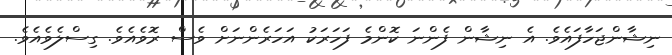
ނިޝާންޖަހާފައެވެ. އެ ނިޝާން ފެންނަ ކޮންމެ ފަހަރަކު އަހަރެންނަށް ވެސް ރޮވެއެވެ. ގިސްލެވެއެވެ.